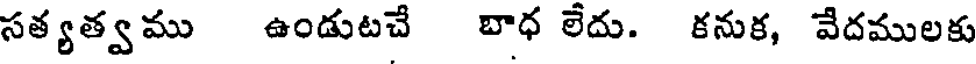
సత్యత్వము ఉండుటచే బాధ లేదు. కనుక, వేదములకు